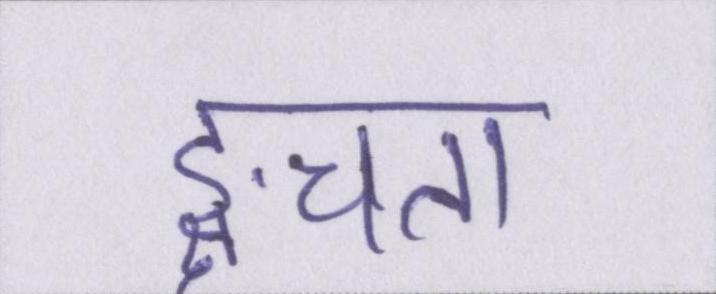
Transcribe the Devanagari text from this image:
ङ्क्षचता